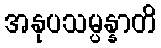
အနုပသမ္ပန္နာတိ